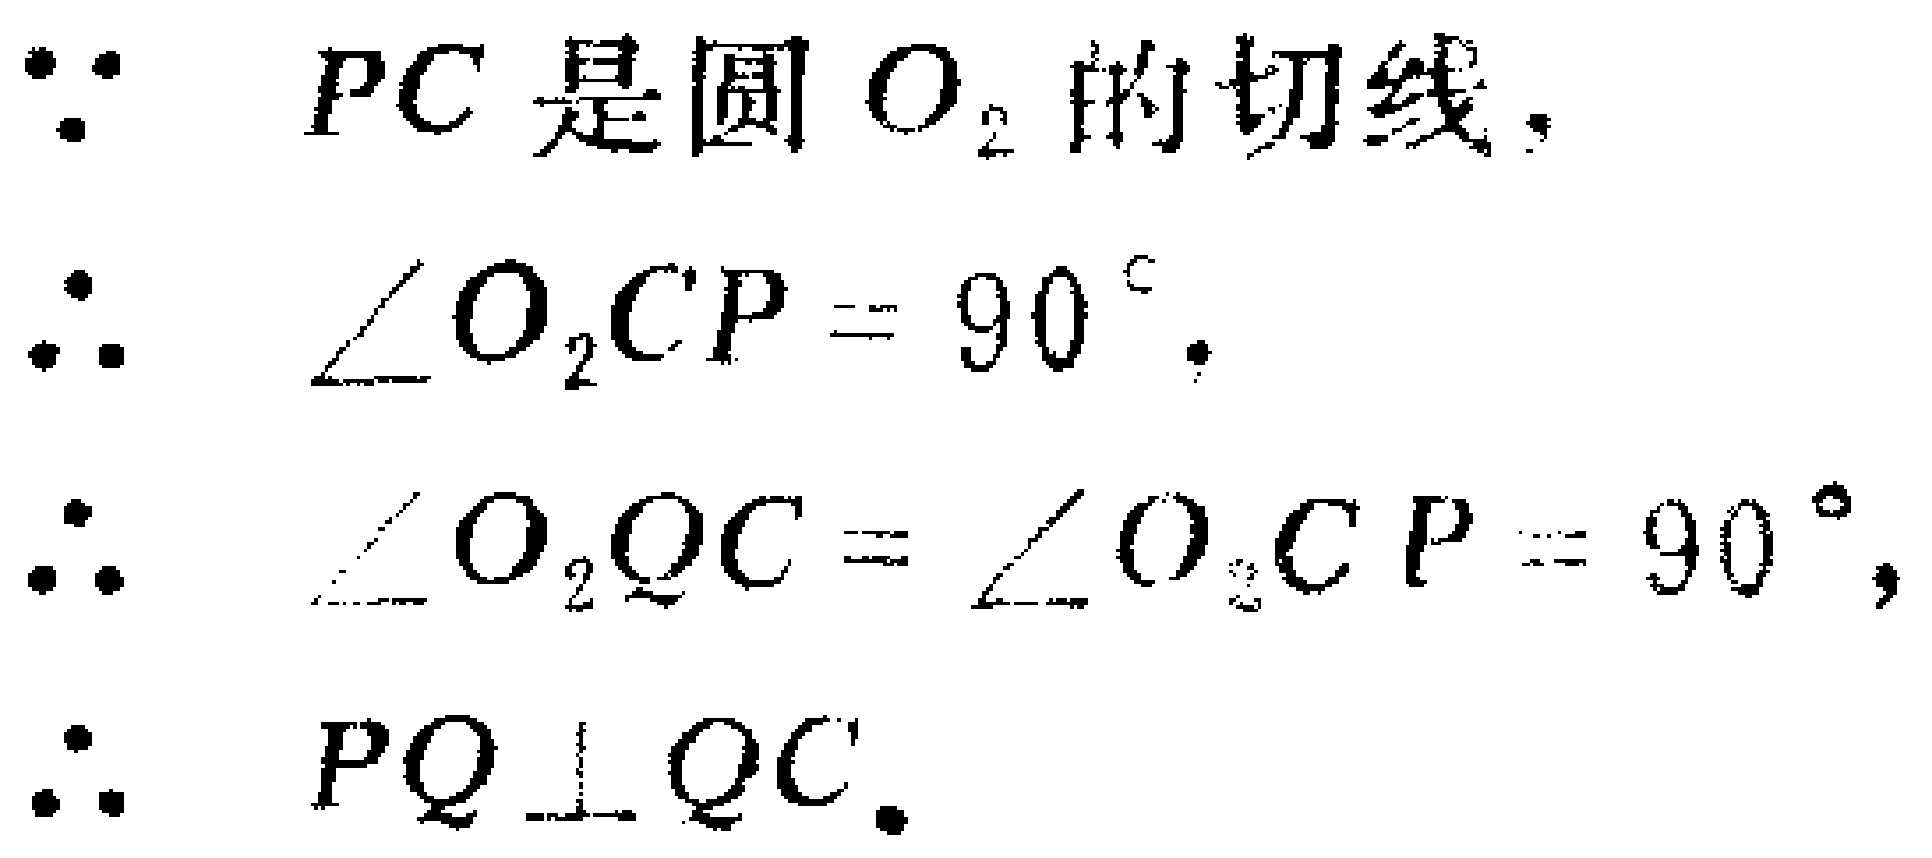
\begin{align*}
&\because PC\text{ 是圆 }O_{2}\text{ 的切线},\\
&\therefore \angle O_{2}CP = 90^{\circ}.\\
&\therefore \angle O_{2}QC=\angle O_{2}CP = 90^{\circ},\\
&\therefore PQ\perp QC.
\end{align*}